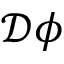
{ \mathcal { D } } \phi